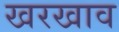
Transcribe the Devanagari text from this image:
खरखाव